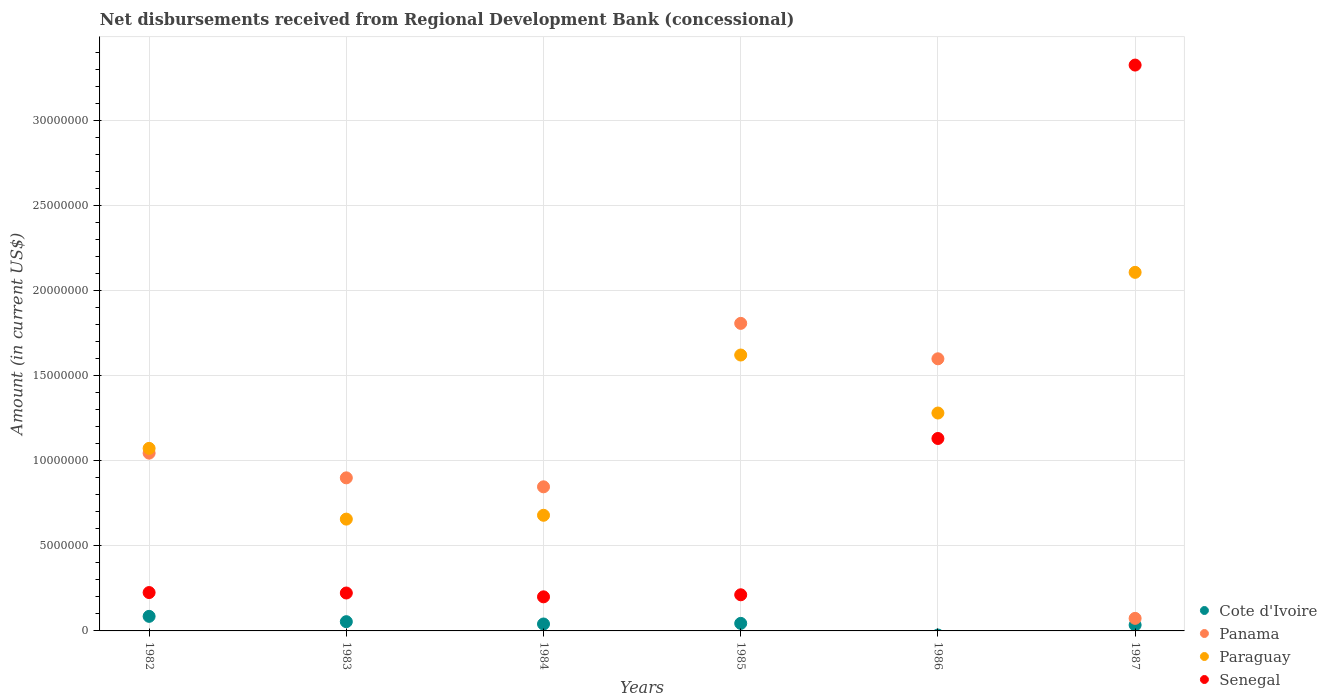
| Years | Cote d'Ivoire | Panama | Paraguay | Senegal |
 | --- | --- | --- | --- | --- |
 | 1982 | 8.56e+05 | 1.04e+07 | 1.07e+07 | 2.26e+06 |
 | 1983 | 5.43e+05 | 9e+06 | 6.57e+06 | 2.23e+06 |
 | 1984 | 4.07e+05 | 8.47e+06 | 6.8e+06 | 2e+06 |
 | 1985 | 4.43e+05 | 1.81e+07 | 1.62e+07 | 2.12e+06 |
 | 1986 | -2.41e+05 | 1.6e+07 | 1.28e+07 | 1.13e+07 |
 | 1987 | 3.47e+05 | 7.38e+05 | 2.11e+07 | 3.33e+07 |